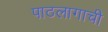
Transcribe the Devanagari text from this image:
पाठलागाची